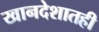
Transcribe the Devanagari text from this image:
खानदेशातही